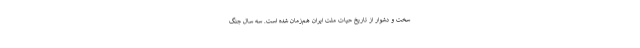
سخت و دشوار از تاریخِ حیات ملّت ایران هم‌زمان شده است. سه سال جنگ